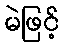
မဲဖြင့်